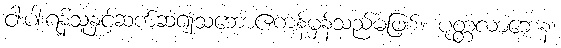
ငါးပါးရန်သူနှင့်ဆက်ဆံ၍သဘောဧကန်မှန်သည်မဖြစ်။ ပုတ္တလာဘေန၊